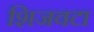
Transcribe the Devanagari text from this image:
शिजवटा